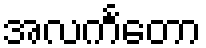
အလင်္ကတော